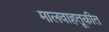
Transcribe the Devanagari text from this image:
मालवाहतूकीत